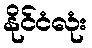
နိုင်ငံလုံး